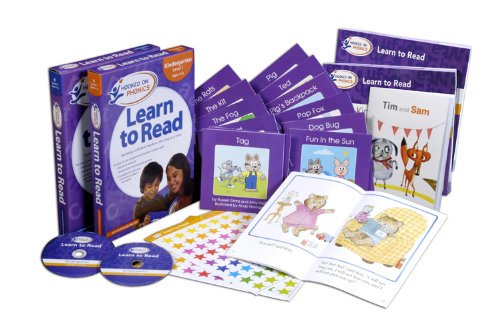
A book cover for Hooked on Phonics: Learn to Read- Kindergarten, Level 1 & 2; Hooked On Phonics; Children's Books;